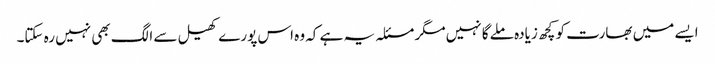
ایسے میں بھارت کو کچھ زیادہ ملے گا نہیں مگر مسئلہ یہ ہے کہ وہ اس پورے کھیل سے الگ بھی نہیں رہ سکتا۔